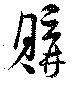
購